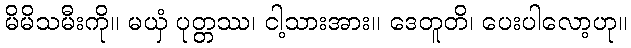
မိမိသမီးကို။ မယှံ ပုတ္တဿ၊ ငါ့သားအား။ ဒေတူတိ၊ ပေးပါလော့ဟု။